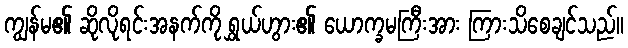
ကျွန်မ၏ ဆိုလိုရင်းအနက်ကို ရွှယ်ဟွား၏ ယောက္ခမကြီးအား ကြားသိစေချင်သည်။